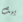
يبث